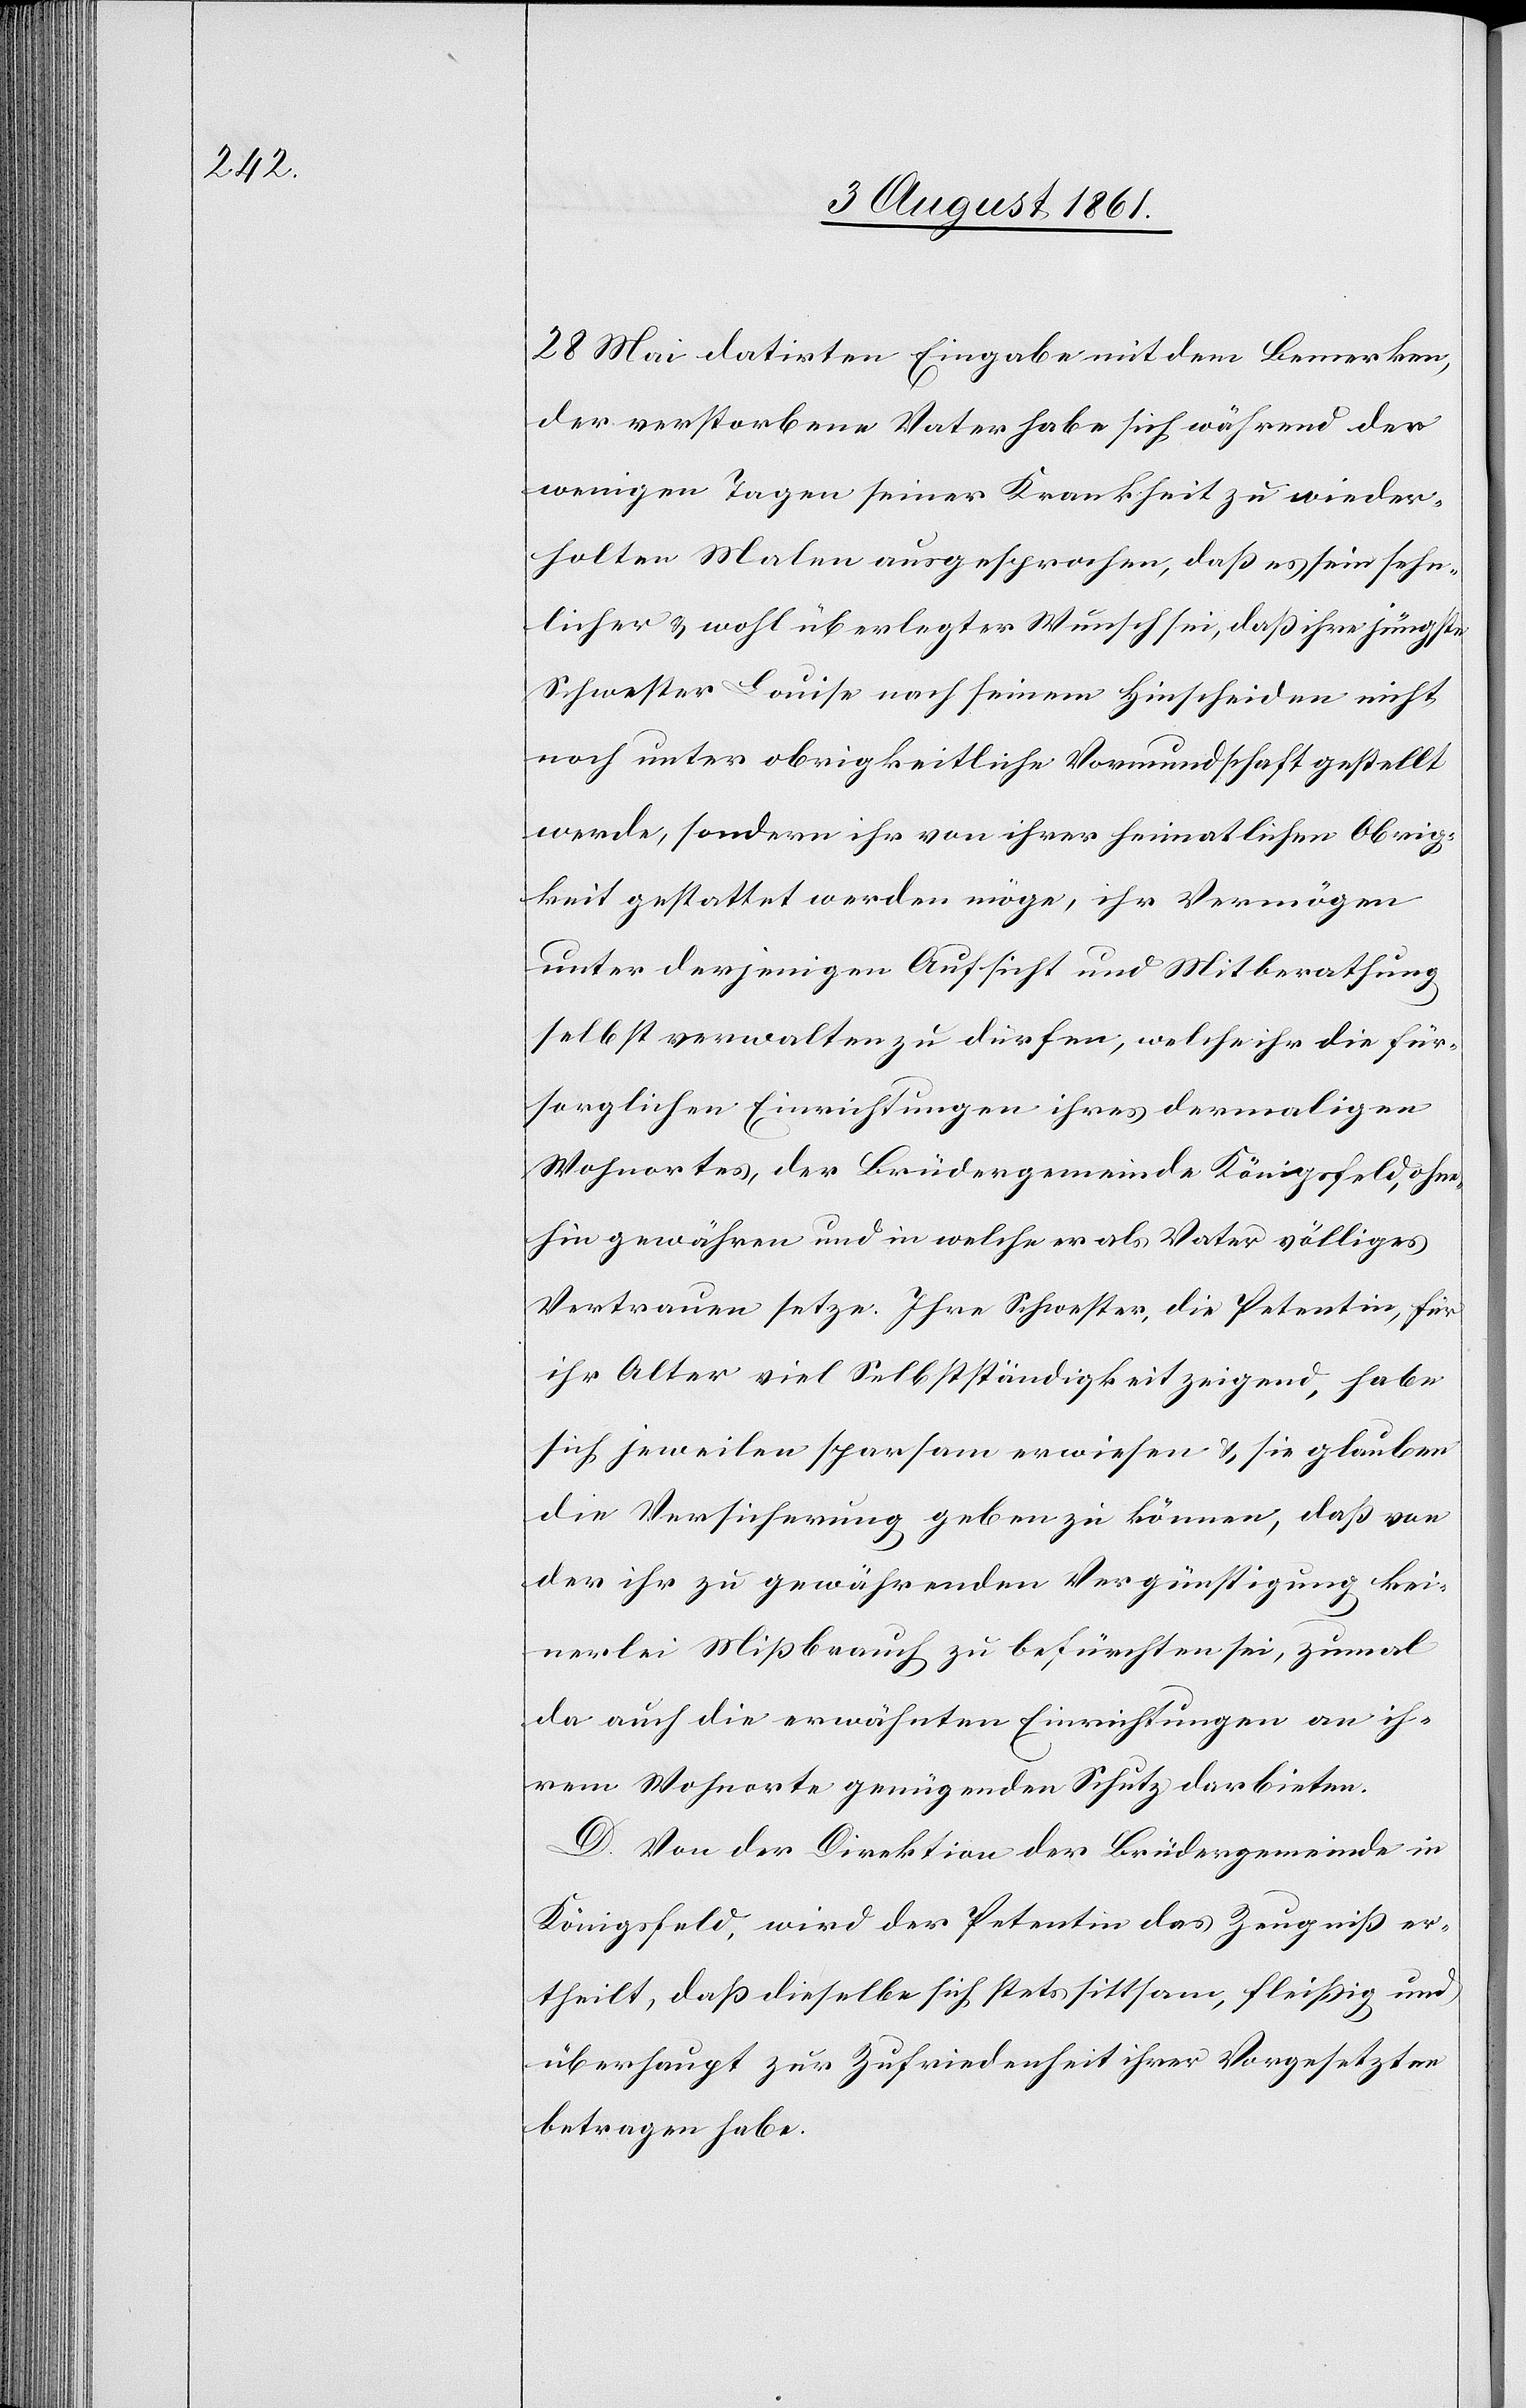
28 Mai datirten Eingabe mit dem Bemerken,
der verstorbene Vater habe sich während den
wenigen Tagen seiner Krankheit zu wieder¬
holten Malen ausgesprochen, daß es sein sehn¬
licher u. wohl überlegter Wunsch sei, daß ihre jüngste
Schwester Louise nach seinem Hinscheiden nicht
noch unter obrigkeitliche Vormundschaft gestellt
werde, sondern ihr von ihrer heimatlichen Obrig¬
keit gestattet werden möge, ihr Vermögen
unter derjenigen Aufsicht und Mitberathung
selbst verwalten zu dürfen, welche ihr die für¬
sorglichen Einrichtungen ihres dermaligen
Wohnortes, der Brüdergemeinde Königsfeld, ohne¬
hin gewähren und in welche er als Vater völliges
Vertrauen setze. Ihre Schwester, die Petentin, für
ihr Alter viel Selbstständigkeit zeigend, habe
sich jeweilen sparsam erwiesen u. sie glauben
die Versicherung geben zu können, daß von
der ihr zu gewährenden Vergünstigung kei¬
nerlei Mißbrauch zu befürchten sei, zumal
da auch die erwähnten Einrichtungen an ih¬
rem Wohnorte genügenden Schutz darbieten.
D. Von der Direktion der Brüdergemeinde in
Königsfeld, wird der Petentin das Zeugniß er¬
theilt, daß dieselbe sich stets sittsam, fleißig und
überhaupt zur Zufriedenheit ihrer Vorgesetzten
betragen habe.